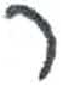
אות: ר